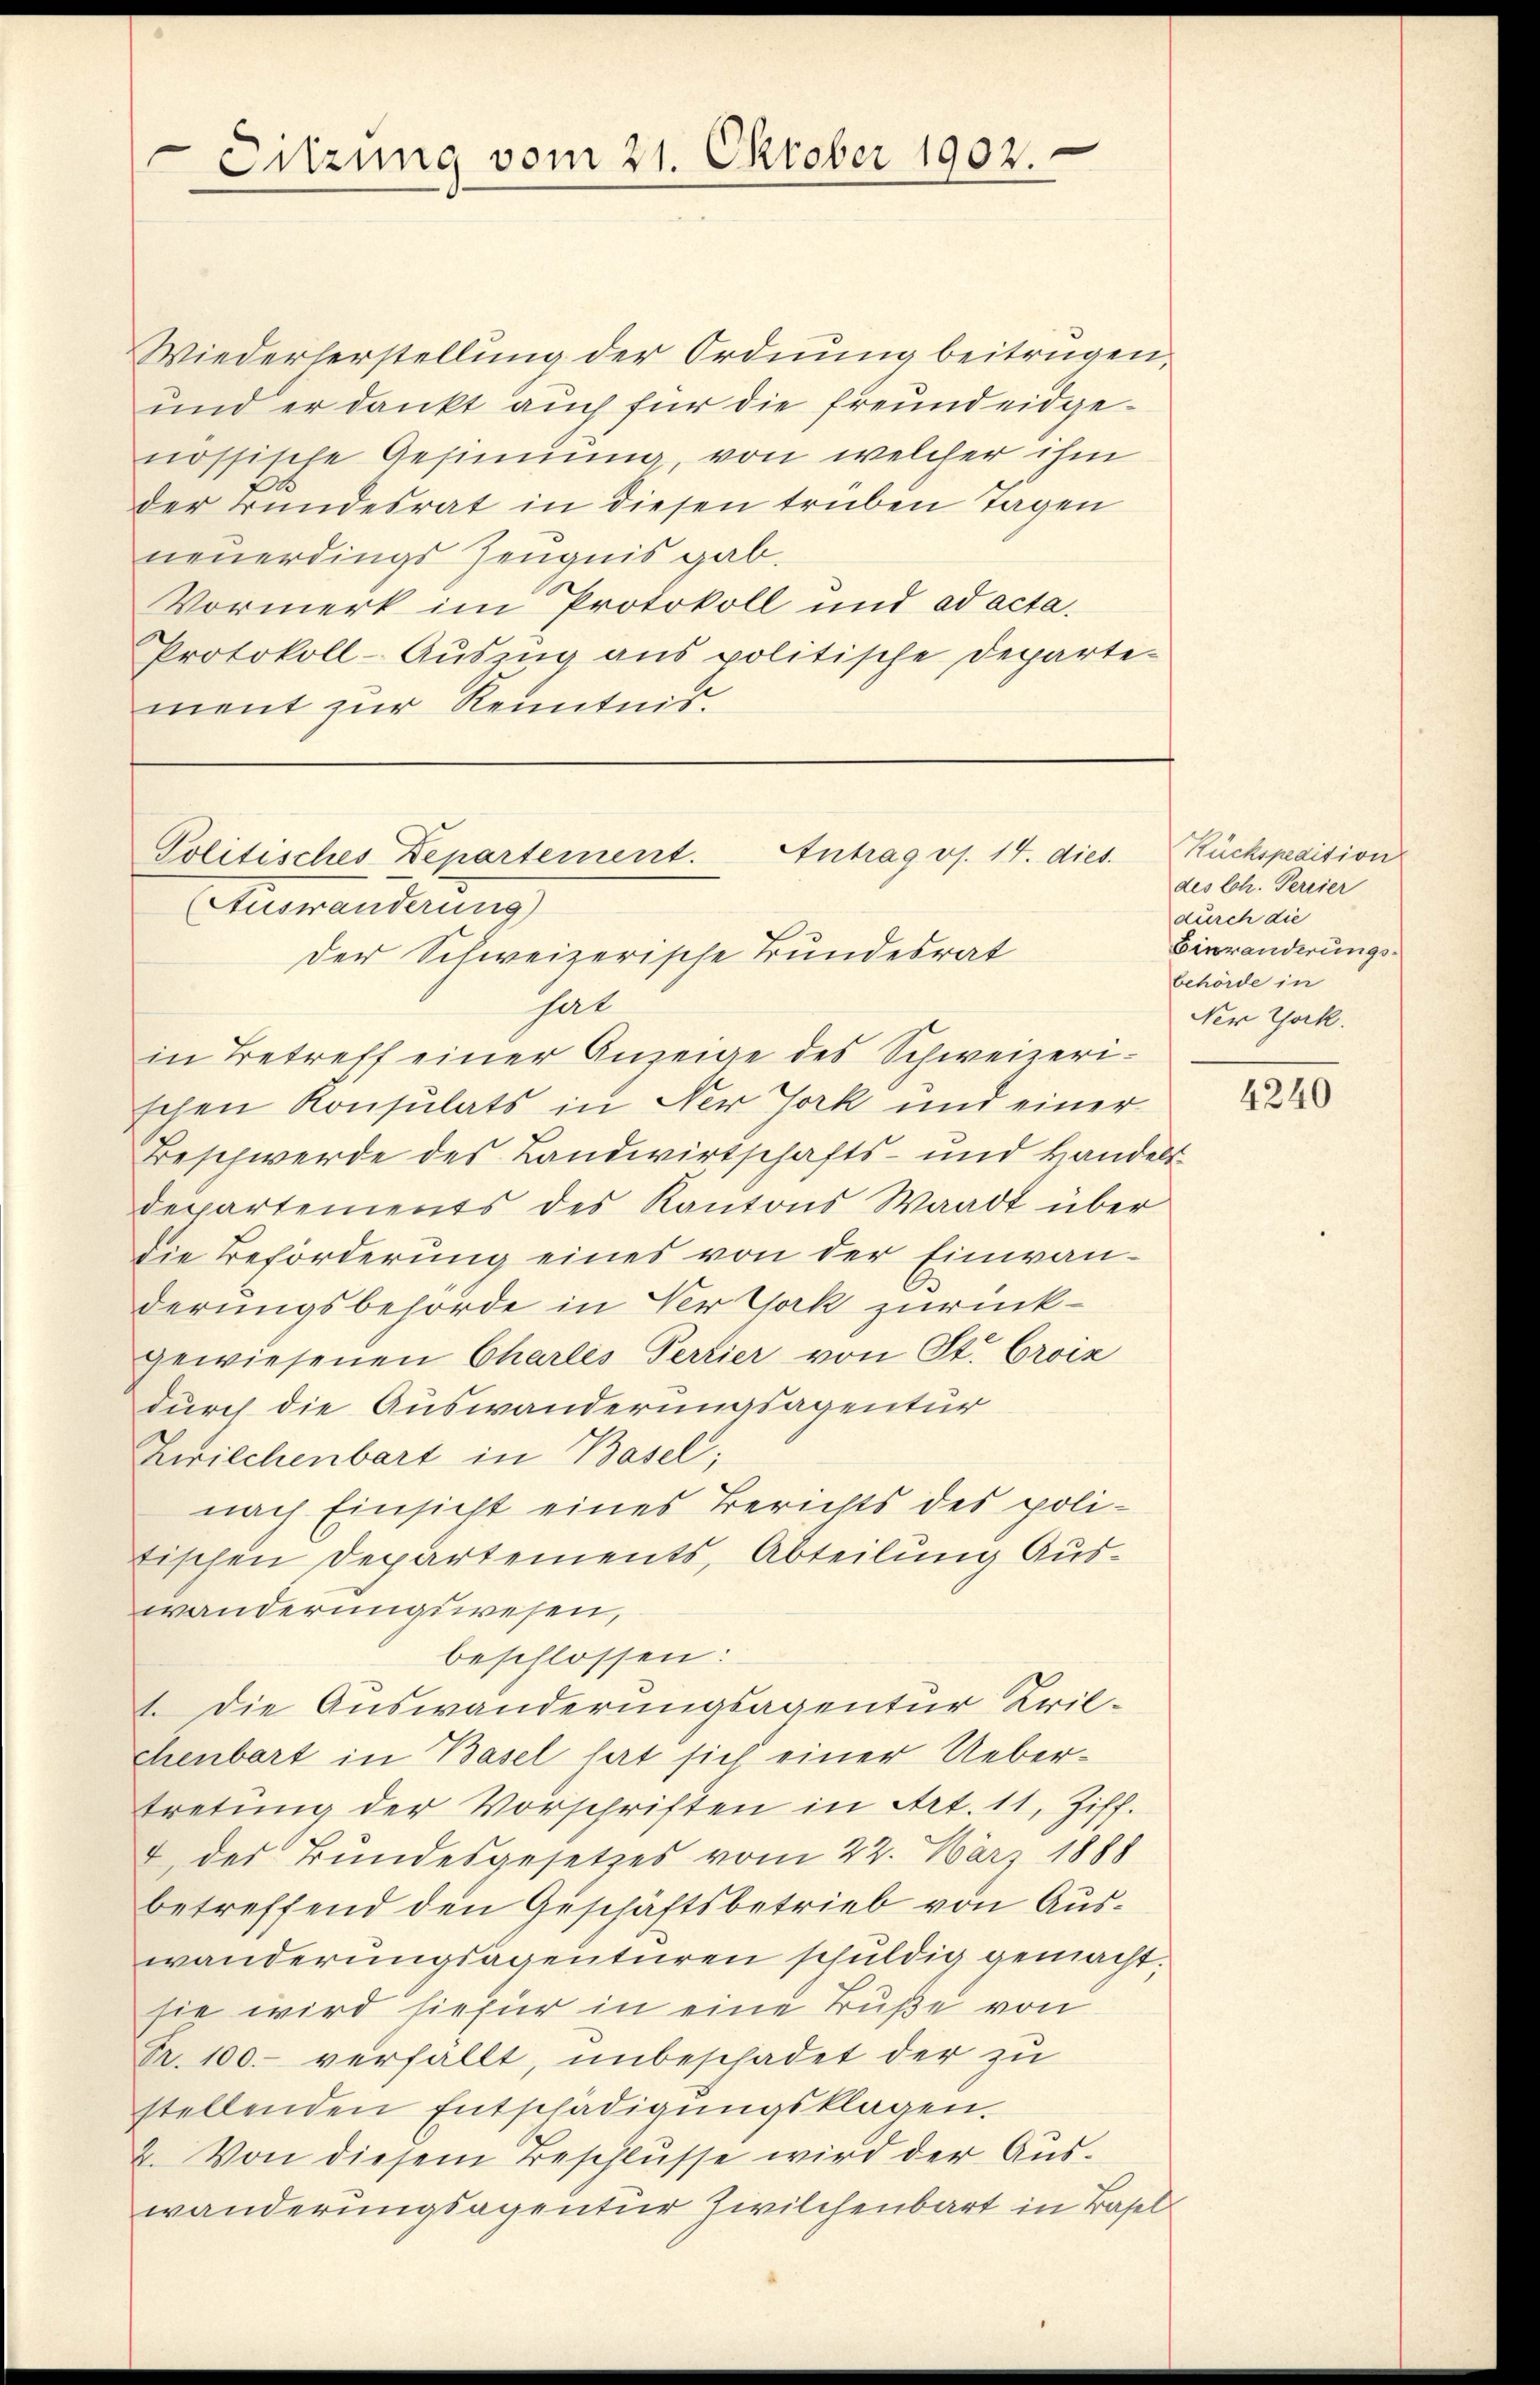
Sitzung vom 21. Oktober 1902.

Wiederherstellung der Ordnung beitrügen,
und er dankt auch für die Freundeidgenössische Gesinnung, von welcher ihm
der Bundesrat in diesen trüben Tagen
neuerdings Zeugnis gab.
Vormerk im Protokoll und ad acta.
Protokoll-Auszug aus politische Departe-
ment zur Kenntnis.

Antrag os. 14. dies
Politisches Departement.

Auswanderung)
Der Schweizerische Bundesrat
Gal
in Betreff einer Anzeige des Schweizerischen Konsulats in Ner Jork und einer
Beschwerde des Landwirtschafts- und Handelt
departements des Kantons Waadt über
die Beförderung eines von der Einwanderungsbehörde in Ver York zurückgewiesenen Charlis Perrier von St. Croix
durch die Auswanderungsagentur
Zwilchenbart in Basel;
nach Einsicht eines Berichts des politischen Departements, Abteilung Auswanderungswesen,
beschlossen:
6 die Auswanderungsagentur Krilchenbart in Basel hat sich einer Uebertretung der Vorschriften in Art. 11, Ziff.
2 des Bundesgesetzes vom 22. März 1888
betreffend den Geschäftsbetrieb von Auswanderungsagenturen schuldig gemacht.
sie wird hiefür in eine Buße von
Fr. 100.- verfällt, unbeschadet der zu
stellenden Entschädigŭngsklagen.
2. Von diesem Beschlusse wird der Auswanderungsagentur Zwilchenbart in Basel

Rückspeaision
des Ch. Percier
durch die
Binwanderungsbehörde in
Ner York.

4240